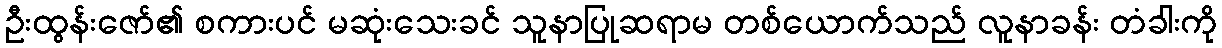
ဦးထွန်းဇော်၏ စကားပင် မဆုံးသေးခင် သူနာပြုဆရာမ တစ်ယောက်သည် လူနာခန်း တံခါးကို